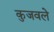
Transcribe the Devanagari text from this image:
कुजवले